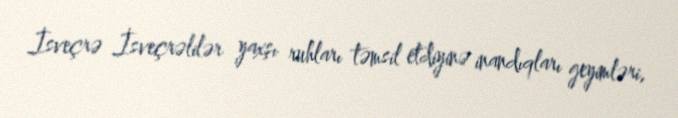
İsveçrə İsveçrəlilər yaxşı ruhları təmsil etdiyinə inandıqları geyimləri,